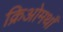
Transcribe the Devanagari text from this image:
क्रिओमथाँ